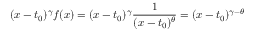
( x - t _ { 0 } ) ^ { \gamma } f ( x ) = ( x - t _ { 0 } ) ^ { \gamma } \frac { 1 } { ( x - t _ { 0 } ) ^ { \theta } } = ( x - t _ { 0 } ) ^ { \gamma - \theta }